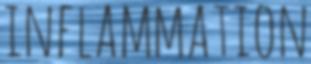
INFLAMMATION